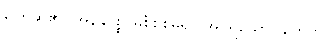
ပြောဆို၏။ အနနုဝိစ္စ၊ မစီစစ်မူ၍။ အပရိယောဂါဟေတွာ၊